Statistics compiled by the Government of India from the reports of provincial Civil Veterinary Departments
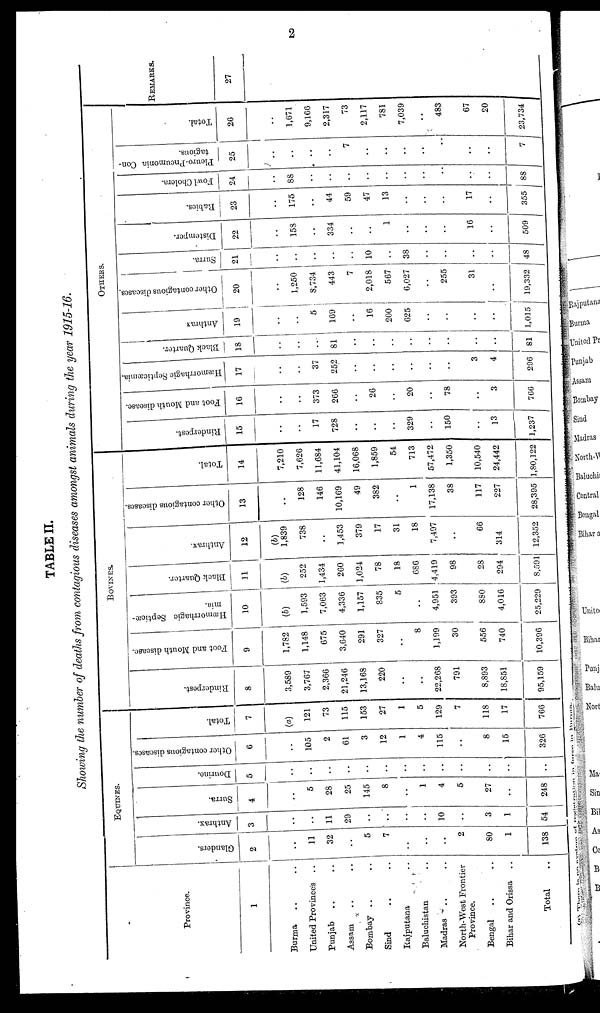
2
TABLE II.
Showing the number of deaths from contagious diseases amongst animals during the year 1915-16.
Province.
1
Burma .. ..
United Provinces
..
Punjab .. ..
Assam .. ..
Bombay .. ..
Sind .. ..
Rajputana ..
Baluchistan ..
Madras .. ..
North-West Frontier
Province.
Bengal .. ..
Bihar and Orissa ..
Total ..
EQUINES.
Glanders.
2
..
11
32
..
5
7
..
..
..
2
80
1
138
Anthrax.
3
..
..
11
29
..
..
..
..
10
..
3
1
54
Surra.
4
..
5
28
25
145
8
..
1
4
5
27
..
248
Dourino.
5
..
..
..
..
..
..
..
..
..
..
..
Other contagious diseases.
6
..
105
2
61
3
12
1
4
115
..
8
15
326
Total.
7
(a)
121
73
115
153
27
1
5
129
7
118
17
766
BOVINES.
Rinderpest.
8
3,589
3,767
2,366
21,246
13,168
220
..
..
22,268
791
8,893
18,851
95,159
Foot and Mouth disease.
9
1,782
1,148
675
3,640
291
327
..
8
1,199
30
556
740
10,396
Hæmorrhagic Septicæ-
mia.
10
(b)
1,593
7,063
4,336
1,157
835
5
..
4,951
393
880
4,016
25,229
Black Quarter.
11
(b)
252
1,434
260
1,024
78
18
686
4,419
98
28
294
8,591
Anthrax.
12
(b)
1,839
738
..
1,453
379
17
31
18
7,497
..
66
314
12,352
Other contagious diseases.
13
..
128
146
10,169
49
382
..
1
17,138
38
117
227
28,395
Total.
14
7,210
7,626
11,684
41,104
16,068
1,859
54
713
57,472
1,350
10,540
24,442
1,80,122
OTHERS.
Rinderpest.
15
..
..
17
728
..
..
..
329
..
150
..
13
1,237
Foot and Mouth disease.
16
..
..
373
266
..
26
..
20
..
78
..
3
766
Hæmorrhagic Septicæmia.
17
..
..
37
252
..
..
..
..
..
..
3
4
296
Black Quarter.
18
..
..
..
81
..
..
..
..
..
..
..
..
81
Anthrax
19
..
..
5
169
..
16
200
625
..
..
..
..
1,015
Other contagious diseases.
20
..
1,250
8,734
443
7
2,018
567
6,027
..
255
31
..
19,332
Surra.
21
..
..
..
..
..
10
..
38
..
..
..
..
48
Distemper.
22
..
158
..
334
..
..
1
..
..
..
16
..
509
Rabies.
23
..
175
..
44
59
47
13
..
..
..
17
..
355
Fowl Cholera.
24
..
88
..
..
..
..
..
..
..
..
..
..
88
Pleuro-Pneumonia Con-
tagious.
25
..
..
..
..
7
..
..
..
..
..
..
..
7
Total.
26
..
1,671
9,166
2,317
73
2,117
781
7,039
..
483
67
20
23,734
REMARKS.
27
(a) There is no system of registeration in form in Burma